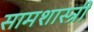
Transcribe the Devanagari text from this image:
सामशास्त्री